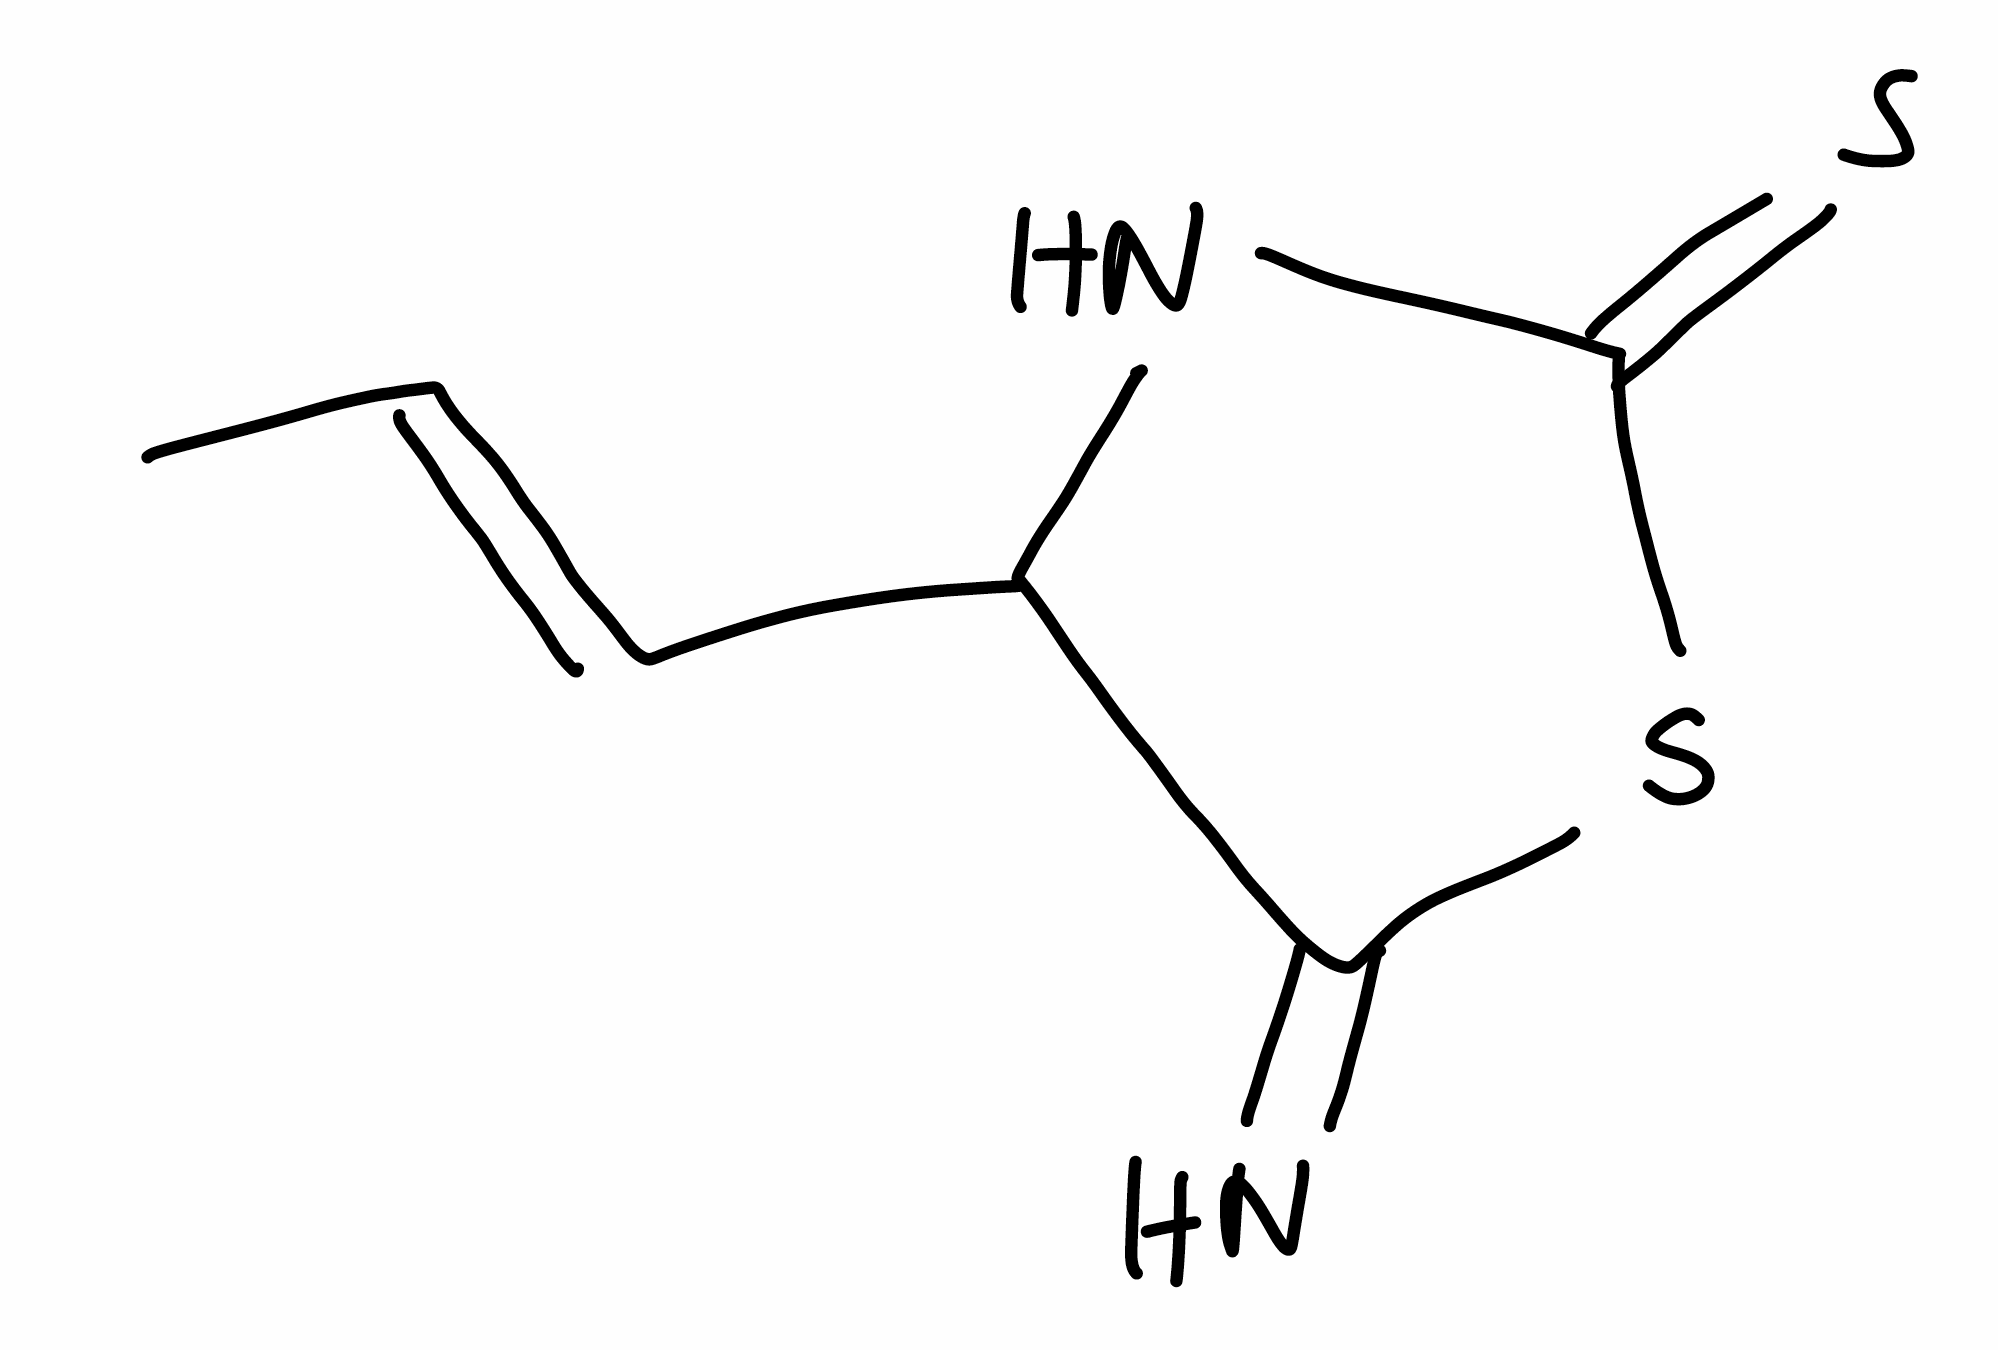
Simplified molecular-input line-entry system (SMILES) notation of the given molecule:
C/C=C/C1C(=N)SC(=S)N1